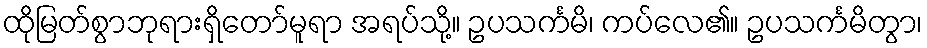
ထိုမြတ်စွာဘုရားရှိတော်မူရာ အရပ်သို့။ ဥပသင်္ကမိ၊ ကပ်လေ၏။ ဥပသင်္ကမိတွာ၊